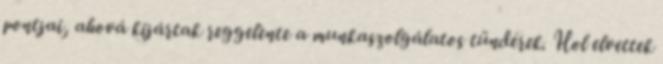
pontjai, ahová kijártak reggelente a munkaszolgálatos tündérek. Hol elvettek